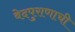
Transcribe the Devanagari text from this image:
वेदपुराणाची